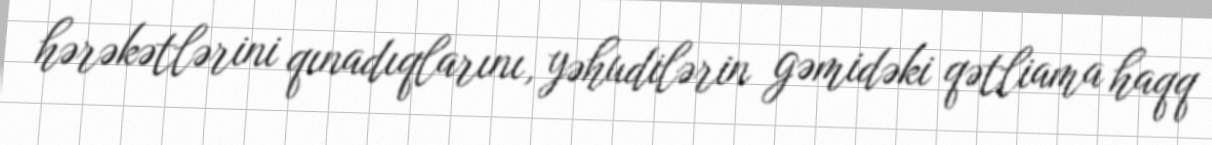
hərəkətlərini qınadıqlarını, yəhudilərin gəmidəki qətliama haqq